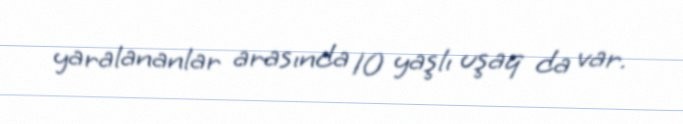
yaralananlar arasında 10 yaşlı uşaq da var.